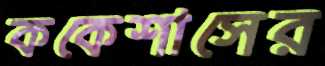
ককেশাসের